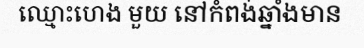
ឈ្មោះហេង មួយ នៅកំពង់ឆ្នាំងមាន